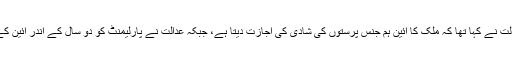
واضح رہے کہ مئی 2017 میں تائیوان کی آئینی عدالت نے کہا تھا کہ ملک کا آئین ہم جنس پرستوں کی شادی کی اجازت دیتا ہے، جبکہ عدالت نے پارلیمنٹ کو دو سال کے اندر آئین کے مطابق اس حوالے سے قانون سازی کا حکم دیا تھا۔